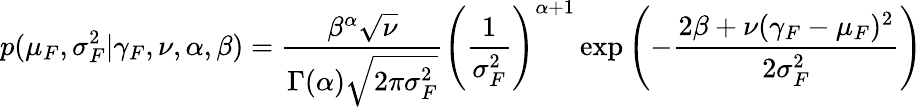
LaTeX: p(\mu_{F},\sigma_{F}^{2}|\gamma_{F},\nu,\alpha,\beta)=\frac{\beta^{\alpha}\sqrt{\nu}}{\Gamma(\alpha)\sqrt{2\pi\sigma_{F}^{2}}}\left(\frac{1}{\sigma_{F}^{2}}\right)^{\alpha+1}\exp\left(-\frac{2\beta+\nu(\gamma_{F}-\mu_{F})^{2}}{2\sigma_{F}^{2}}\right)